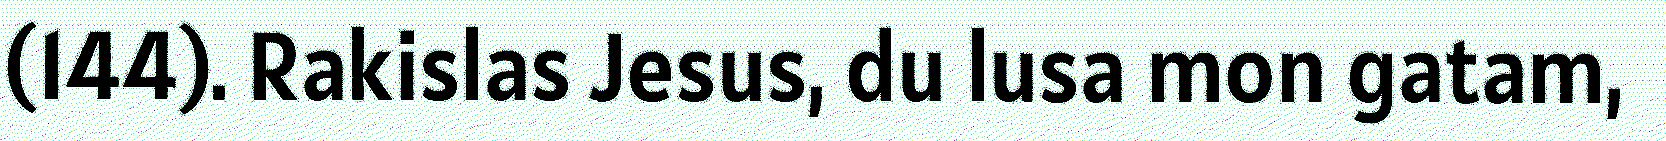
(144). Rakislas Jesus, du lusa mon gatam,